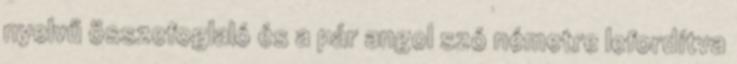
nyelvű összefoglaló és a pár angol szó németre lefordítva